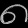
Digit: ၈